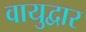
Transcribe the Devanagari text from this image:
वायुद्वार